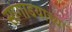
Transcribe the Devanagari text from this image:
सांगाडयाच्या